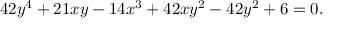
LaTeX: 4 2 y ^ { 4 } + 2 1 x y - 1 4 x ^ { 3 } + 4 2 x y ^ { 2 } - 4 2 y ^ { 2 } + 6 = 0 .